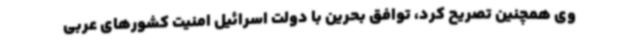
وی همچنین تصریح کرد، توافق بحرین با دولت اسرائیل امنیت کشورهای عربی